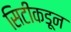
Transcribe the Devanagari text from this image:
सिटीकडून